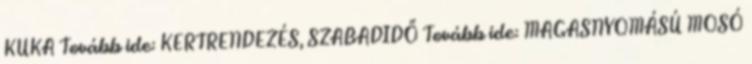
KUKA Tovább ide: KERTRENDEZÉS, SZABADIDŐ Tovább ide: MAGASNYOMÁSÚ MOSÓ